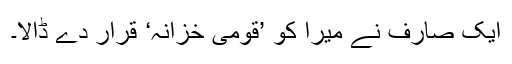
ایک صارف نے میرا کو ’قومی خزانہ‘ قرار دے ڈالا۔